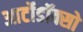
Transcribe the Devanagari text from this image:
आर्टोडॉक्सो